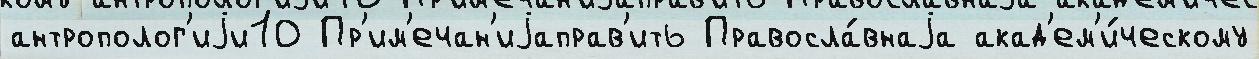
антрополог'иjи10 Пр'им'ечан'иjаправ'ить Правосла́внаjа акад'ем'и́ческому